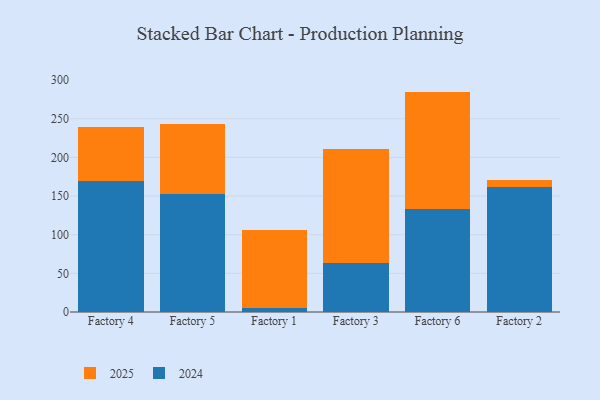
{"axis": {"x": "Factory", "y": "Website Visitors"}, "legend": ["2024", "2025"], "data": [{"x": "Factory 4", "y": 169.2, "type": "2024"}, {"x": "Factory 4", "y": 69.6, "type": "2025"}, {"x": "Factory 5", "y": 152.7, "type": "2024"}, {"x": "Factory 5", "y": 90.7, "type": "2025"}, {"x": "Factory 1", "y": 5.7, "type": "2024"}, {"x": "Factory 1", "y": 99.9, "type": "2025"}, {"x": "Factory 3", "y": 63.5, "type": "2024"}, {"x": "Factory 3", "y": 147.3, "type": "2025"}, {"x": "Factory 6", "y": 133.8, "type": "2024"}, {"x": "Factory 6", "y": 151.3, "type": "2025"}, {"x": "Factory 2", "y": 162.1, "type": "2024"}, {"x": "Factory 2", "y": 8.5, "type": "2025"}]}